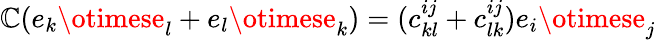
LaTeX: \mathbb{C}(e_{k}\otimese_{l}+e_{l}\otimese_{k})=(c_{kl}^{ij}+c_{lk}^{ij})e_{i}\otimese_{j}